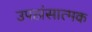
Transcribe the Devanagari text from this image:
उपहांसात्मक